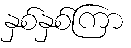
နှစ်နှစ်ကြာ